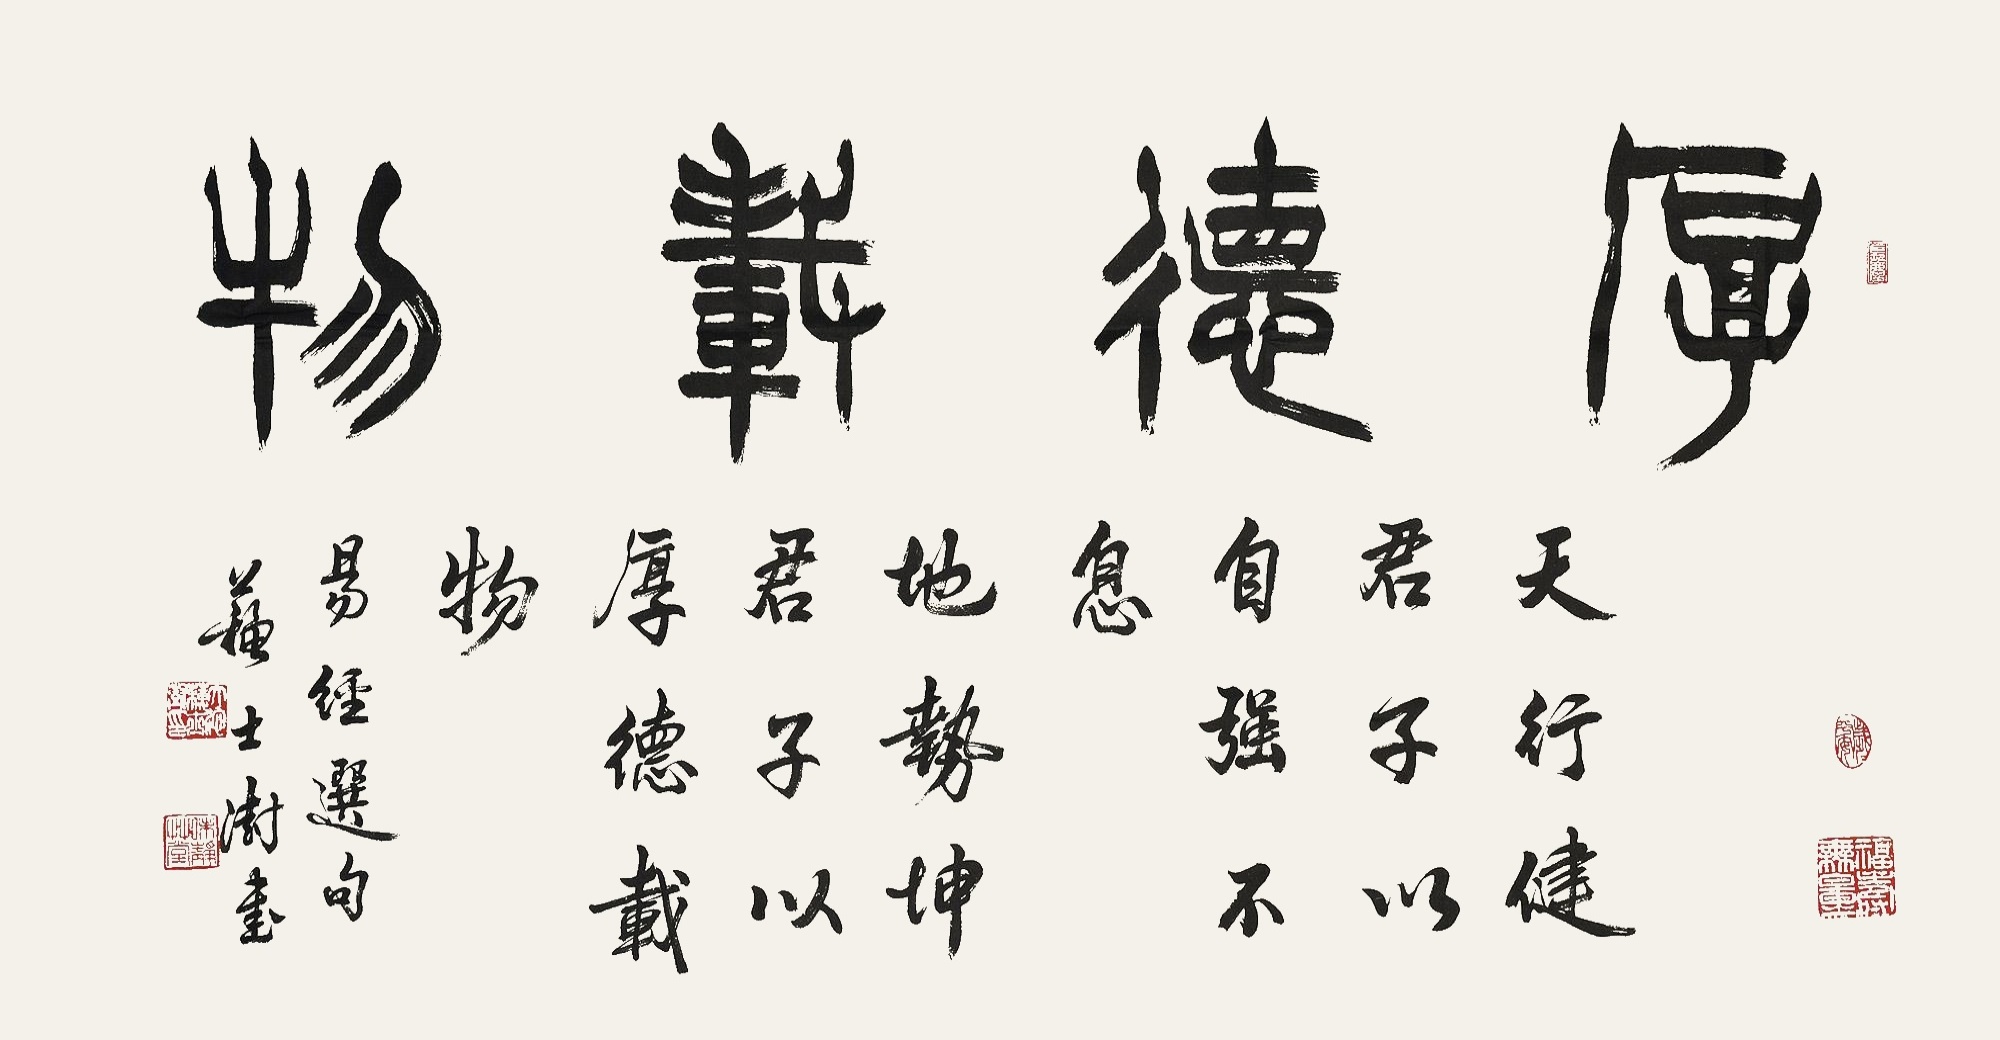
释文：天行健，君子以自强不息，地势坤，君子以厚德载物。易经选句，苏士澍书。